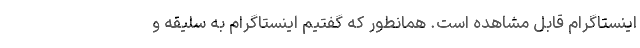
اینستاگرام قابل مشاهده است. همانطور که گفتیم اینستاگرام به سلیقه و